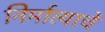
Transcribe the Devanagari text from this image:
निर्मात्याचे